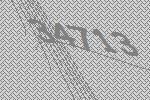
34713